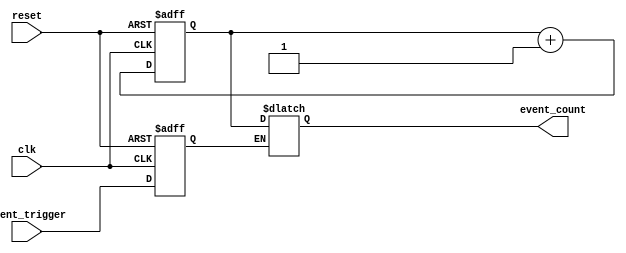
module Event_timer(
    input wire clk,
    input wire reset,
    input wire event_trigger,
    output reg [31:0] event_count
);

reg [31:0] timer_count;
reg sync_trigger;

always @(posedge clk or posedge reset) begin
    if (reset) begin
        timer_count <= 0;
        sync_trigger <= 0;
    end else begin
        timer_count <= timer_count + 1;
        sync_trigger <= event_trigger;
    end
end

always @(*) begin
    if (sync_trigger) begin
        event_count <= timer_count;
    end
end

endmodule